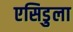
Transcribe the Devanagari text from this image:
एसिडुला